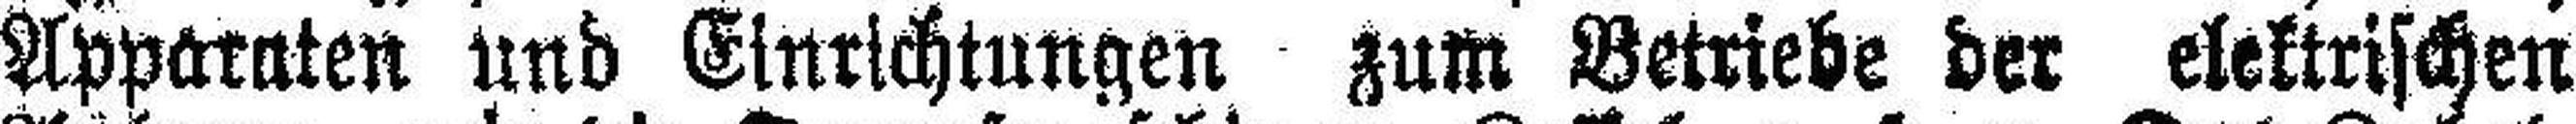
Apparaten und Einrichtungen zum Betriebe der elektrischen